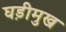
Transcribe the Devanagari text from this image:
घड़ीमुख